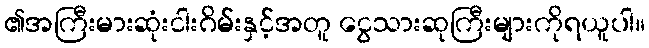
၏အကြီးမားဆုံးငါးဂိမ်းနှင့်အတူ ငွေသားဆုကြီးများကိုရယူပါ။